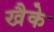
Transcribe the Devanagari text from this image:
खैके